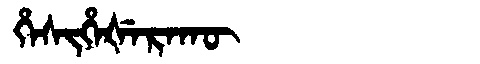
Manchu: ᡥᡝᠰᡳᡥᡝᡧᡝᡵᠠᡴᡡ
Romanization: HESIHEŠERAKŪ